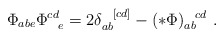
\begin{align*}\Phi_{abe}\Phi^{cd}_{\ \ e}=2\delta_{ab}^{\ \ [cd]} - (*\Phi)_{ab}^{\ \ cd}\ .\end{align*}